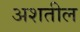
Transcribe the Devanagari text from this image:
अशतील